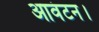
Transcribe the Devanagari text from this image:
आवंटन।